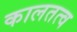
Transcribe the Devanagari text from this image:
कालतत्व